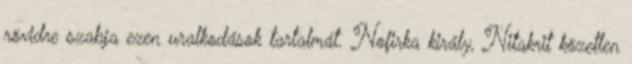
rövidre szabja ezen uralkodások tartalmát. Nofirka király, Nitakrit közetlen